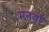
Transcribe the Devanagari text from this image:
मनवाँ